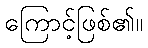
ကြောင့်ဖြစ်၏။